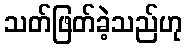
သတ်ဖြတ်ခဲ့သည်ဟု